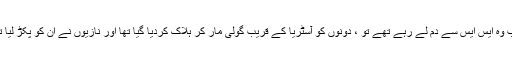
جب وہ ایس ایس سے دم لے رہے تھے تو ، دونوں کو آسٹریا کے قریب گولی مار کر ہلاک کردیا گیا تھا اور نازیوں نے ان کو پکڑ لیا تھا۔